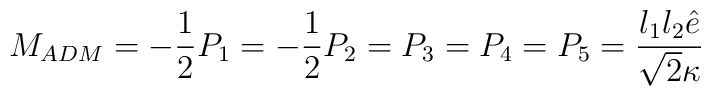
M_{ADM} = - \frac12 P_1 = - \frac12 P_2 = P_3= P_4 = P_5 = \frac{l_1l_2\hat{e}}{\sqrt{2}\kappa}